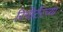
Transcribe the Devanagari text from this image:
रिपोर्टरच्या